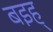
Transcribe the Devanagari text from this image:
बइह्‌